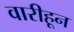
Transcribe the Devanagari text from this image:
वारीहून